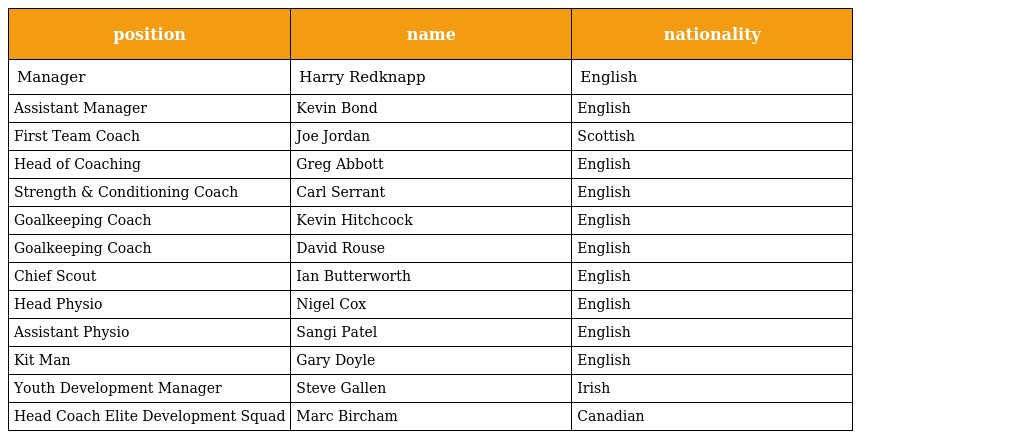
| position | name | nationality |
 | --- | --- | --- |
 | Manager | Harry Redknapp | English |
 | Assistant Manager | Kevin Bond | English |
 | First Team Coach | Joe Jordan | Scottish |
 | Head of Coaching | Greg Abbott | English |
 | Strength & Conditioning Coach | Carl Serrant | English |
 | Goalkeeping Coach | Kevin Hitchcock | English |
 | Goalkeeping Coach | David Rouse | English |
 | Chief Scout | Ian Butterworth | English |
 | Head Physio | Nigel Cox | English |
 | Assistant Physio | Sangi Patel | English |
 | Kit Man | Gary Doyle | English |
 | Youth Development Manager | Steve Gallen | Irish |
 | Head Coach Elite Development Squad | Marc Bircham | Canadian |